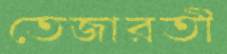
তেজারতী